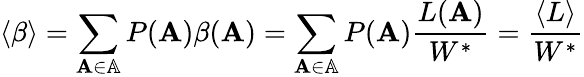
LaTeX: \langle\beta\rangle=\sum_{\mathbf{A}\in\mathbb{A}}P(\mathbf{A})\beta(\mathbf{A})=\sum_{\mathbf{A}\in\mathbb{A}}P(\mathbf{A})\frac{L(\mathbf{A})}{W^{*}}=\frac{\langle L\rangle}{W^{*}}